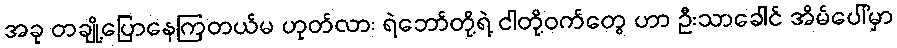
အခု တချို့ပြောနေကြတယ်မ ဟုတ်လား ရဲဘော်တို့ရဲ့ ငါတို့ဝက်တွေ ဟာ ဦးသာခေါင် အိမ်ပေါ်မှာ